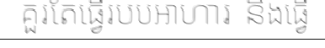
គួរតែធ្វើរបបអាហារ និងធ្វើ